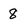
Character: 8